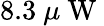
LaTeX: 8.3~\mu\mathrm{~W~}